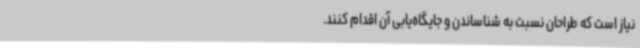
نیاز است که طراحان نسبت به شناساندن و جایگاه‌یابی آن اقدام کنند.